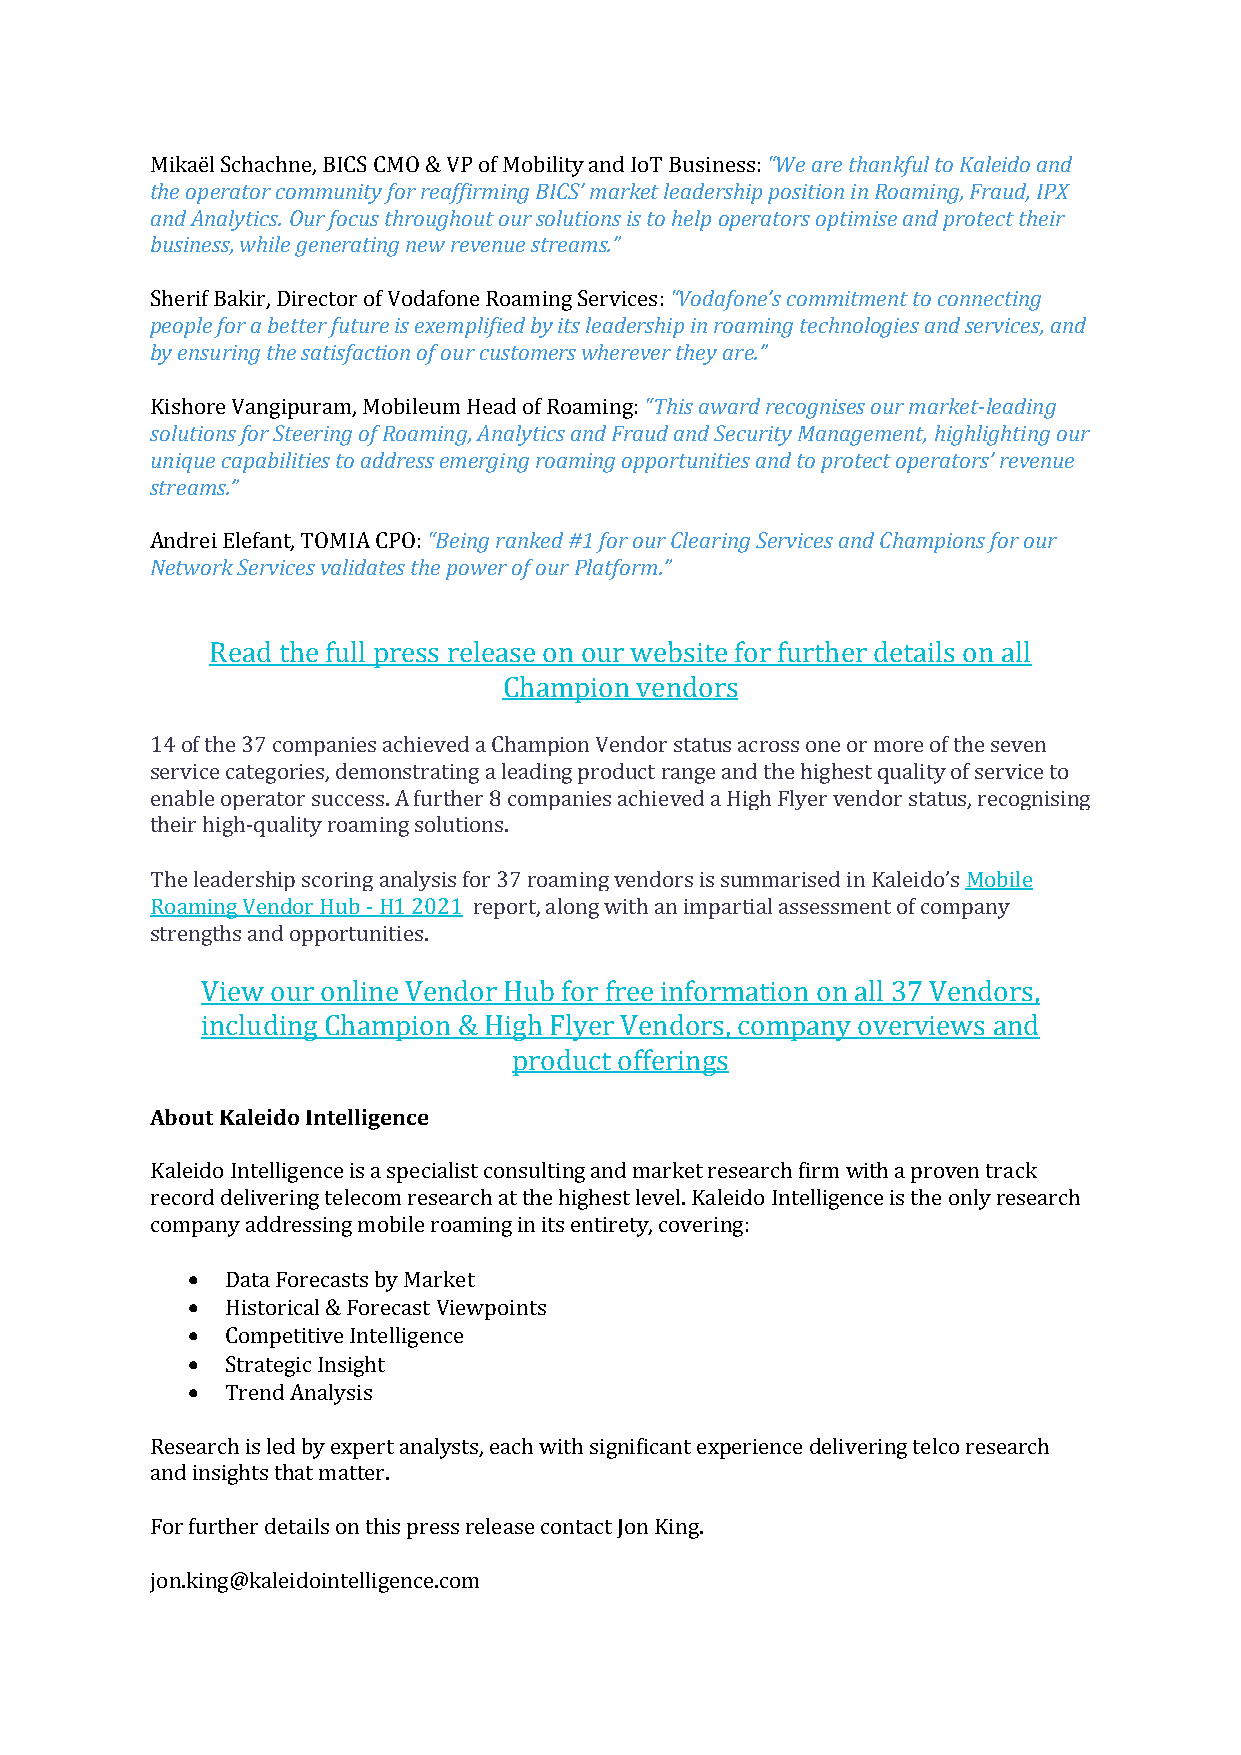
Mikaël Schachne, BICS CMO & VP of Mobility and IoT Business: “We are thankful to Kaleido and
 the operator community for reaffirming BICS’ market leadership position in Roaming, Fraud, IPX
 and Analytics. Our focus throughout our solutions is to help operators optimise and protect their
 business, while generating new revenue streams.”
 Sherif Bakir, Director of Vodafone Roaming Services: “Vodafone’s commitment to connecting
 people for a better future is exemplified by its leadership in roaming technologies and services, and
 by ensuring the satisfaction of our customers wherever they are.”
 Kishore Vangipuram, Mobileum Head of Roaming: “This award recognises our market-leading
 solutions for Steering of Roaming, Analytics and Fraud and Security Management, highlighting our
 unique capabilities to address emerging roaming opportunities and to protect operators’ revenue
 streams.”
 Andrei Elefant, TOMIA CPO: “Being ranked #1 for our Clearing Services and Champions for our
 Network Services validates the power of our Platform.”
 Read the full press release on our website for further details on all
 Champion vendors
 14 of the 37 companies achieved a Champion Vendor status across one or more of the seven
 service categories, demonstrating a leading product range and the highest quality of service to
 enable operator success. A further 8 companies achieved a High Flyer vendor status, recognising
 their high-quality roaming solutions.
 The leadership scoring analysis for 37 roaming vendors is summarised in Kaleido’s Mobile
 Roaming Vendor Hub - H1 2021 report, along with an impartial assessment of company
 strengths and opportunities.
 View our online Vendor Hub for free information on all 37 Vendors,
 including Champion & High Flyer Vendors, company overviews and
 product offerings
 About Kaleido Intelligence
 Kaleido Intelligence is a specialist consulting and market research firm with a proven track
 record delivering telecom research at the highest level. Kaleido Intelligence is the only research
 company addressing mobile roaming in its entirety, covering:
 •  Data Forecasts by Market
 •  Historical & Forecast Viewpoints
 •  Competitive Intelligence
 •  Strategic Insight
 •  Trend Analysis
 Research is led by expert analysts, each with significant experience delivering telco research
 and insights that matter.
 For further details on this press release contact Jon King.
 jon.king@kaleidointelligence.com